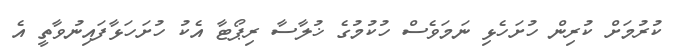
ކުރުމަށް ކުރިން ހުށަހެޅި ނަމަވެސް ހުކުމުގެ ޚުލާސާ ރިޕޯޓާ އެކު ހުށަހަޅާފައިނުވާތީ އެ